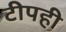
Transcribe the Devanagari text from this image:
टीपही